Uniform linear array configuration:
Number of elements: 4
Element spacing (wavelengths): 0.75
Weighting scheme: binomial
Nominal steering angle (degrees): -60
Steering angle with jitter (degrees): -61.726
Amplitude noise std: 0.05
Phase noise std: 0.05

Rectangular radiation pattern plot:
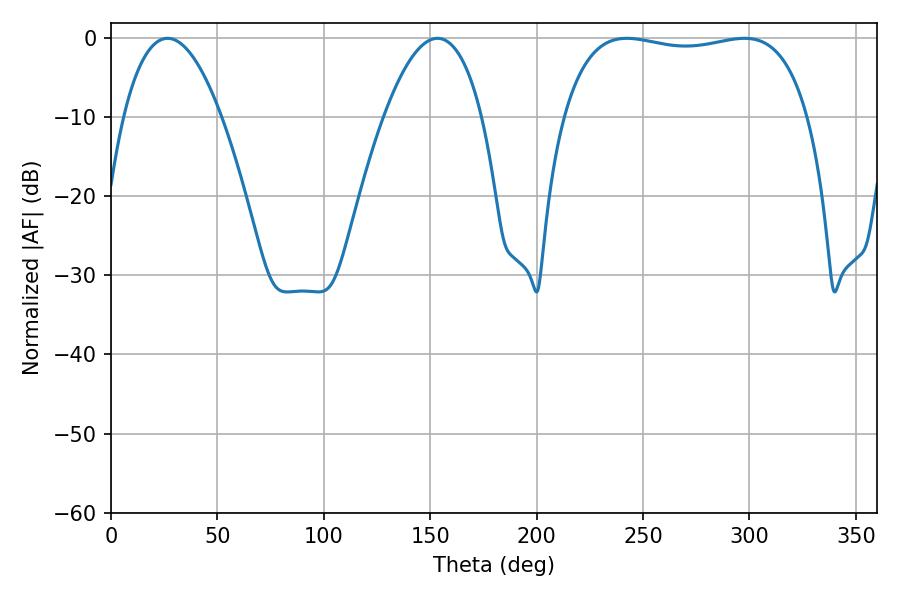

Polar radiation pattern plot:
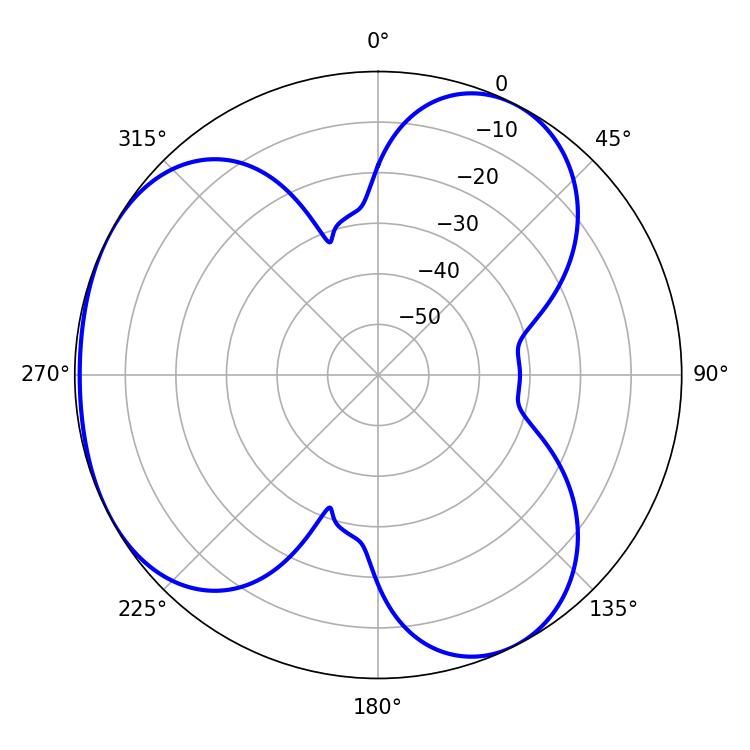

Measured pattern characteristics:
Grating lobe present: TRUE
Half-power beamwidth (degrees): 92.88
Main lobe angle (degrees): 242.28